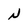
Character: N